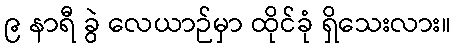
၉ နာရီ ခွဲ လေယာဉ်မှာ ထိုင်ခုံ ရှိသေးလား။